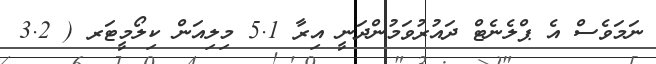
ނަމަވެސް އެ ޕްލެނެޓް ދައުރުވަމުންދަނީ އިރާ 5.1 މިލިއަން ކިލޯމީޓަރ ( 3.2